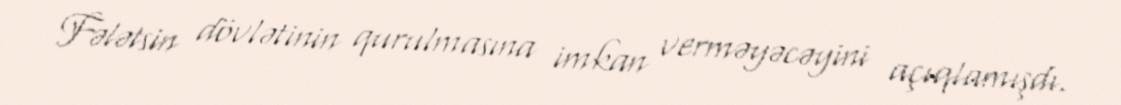
Fələtsin dövlətinin qurulmasına imkan verməyəcəyini açıqlamışdı.